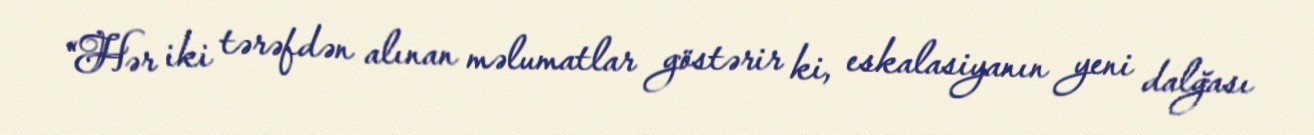
“Hər iki tərəfdən alınan məlumatlar göstərir ki, eskalasiyanın yeni dalğası